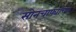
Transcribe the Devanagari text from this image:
सोनचाफ्याच्या